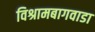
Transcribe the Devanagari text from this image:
विश्रामबागवाडा